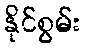
နိုင်စွမ်း